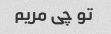
تو چی مریم